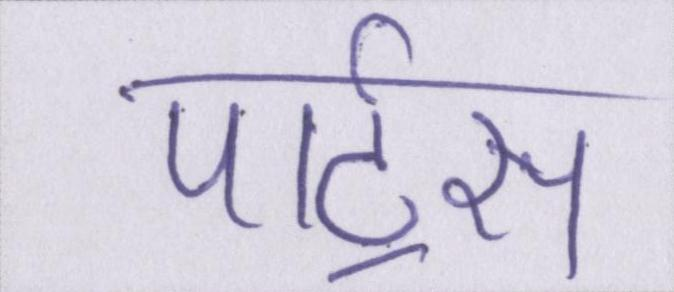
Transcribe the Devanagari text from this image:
पार्ट्स